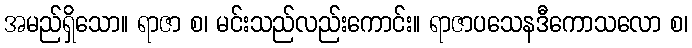
အမည်ရှိသော။ ရာဇာ စ၊ မင်းသည်လည်းကောင်း။ ရာဇာပသေနဒီကောသလော စ၊